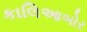
કાલિઆબોર